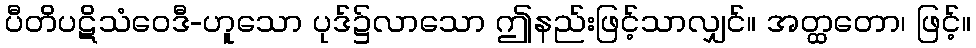
ပီတိပဋိသံဝေဒီ-ဟူသော ပုဒ်၌လာသော ဤနည်းဖြင့်သာလျှင်။ အတ္ထတော၊ ဖြင့်။